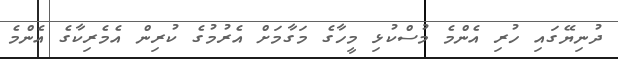
ދުނިޔޭގައި ހުރި އެންމެ މުސްކުޅި މީހާގެ މަގާމަށް އެރުމުގެ ކުރިން އެމެރިކާގެ އެންމެ